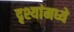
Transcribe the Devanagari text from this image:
दृश्यांमध्ये